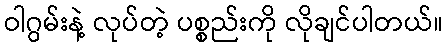
ဝါဂွမ်းနဲ့ လုပ်တဲ့ ပစ္စည်းကို လိုချင်ပါတယ်။